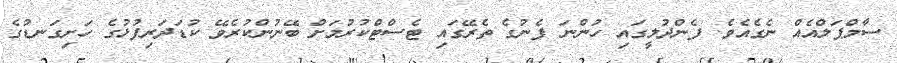
ސާމްޕަލްއެއް ނެގެއެވެ. ފެންދުލީގައި ހުންނަ ފެނުގެ ތެރޭގައި ޓެސްޓްކުރުމަށް ބޭނުންކުރެވޭ ކުޑަދަރިފުޅުގެ ހަށިގަނޑުގެ